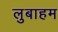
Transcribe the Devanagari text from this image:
लुबाहम